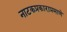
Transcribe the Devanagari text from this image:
नाटकप्रकाराप्रमाणे